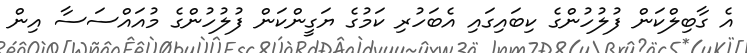
އެ ގާބިލްކަން ފުލުހުންގެ ކިބައިގައި އެބަހުރި ކަމުގެ ޔަގީންކަން ފުލުހުންގެ މުއައްސަސާ އިން